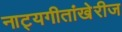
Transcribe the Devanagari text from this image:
नाट्यगीतांखेरीज